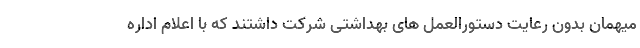
میهمان بدون رعایت دستورالعمل های بهداشتی شرکت داشتند که با اعلام اداره